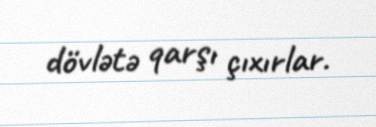
dövlətə qarşı çıxırlar.